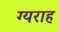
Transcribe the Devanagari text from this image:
ग्यराह